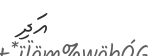
އަދި